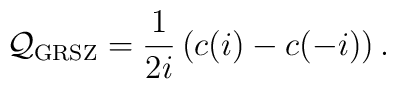
{\cal Q_{\mathrm{GRSZ}}} = \frac{1}{2i} \left( c(i) - c(-i) \right).